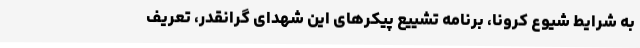
به شرایط شیوع کرونا، برنامه تشییع پیکرهای این شهدای گرانقدر، تعریف